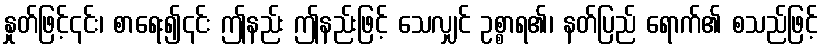
နှုတ်ဖြင့်၎င်း၊ စာရေး၍၎င်း ဤနည်း ဤနည်းဖြင့် သေလျှင် ဥစ္စာရ၏၊ နတ်ပြည် ရောက်၏ စသည်ဖြင့်